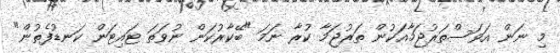
މި ނަން އަވަސްތަރުޖަމާއަކުން ތަރުޖަމާ ކުރާ ނަމަ "ބޭކާރުކަން ނުވަތަ ޓައިޓަން ކަނޑުފެތުން"